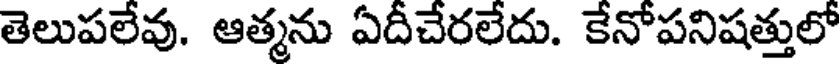
తెలుపలేవు. ఆత్మను ఏదీచేరలేదు. కేనోపనిషత్తులో